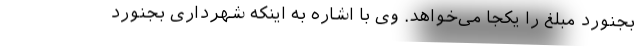
بجنورد مبلغ را یکجا می‌خواهد. وی با اشاره به اینکه شهرداری بجنورد